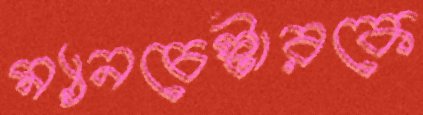
ম্যানচেস্টারকে